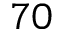
7 0